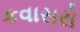
કવાસરો